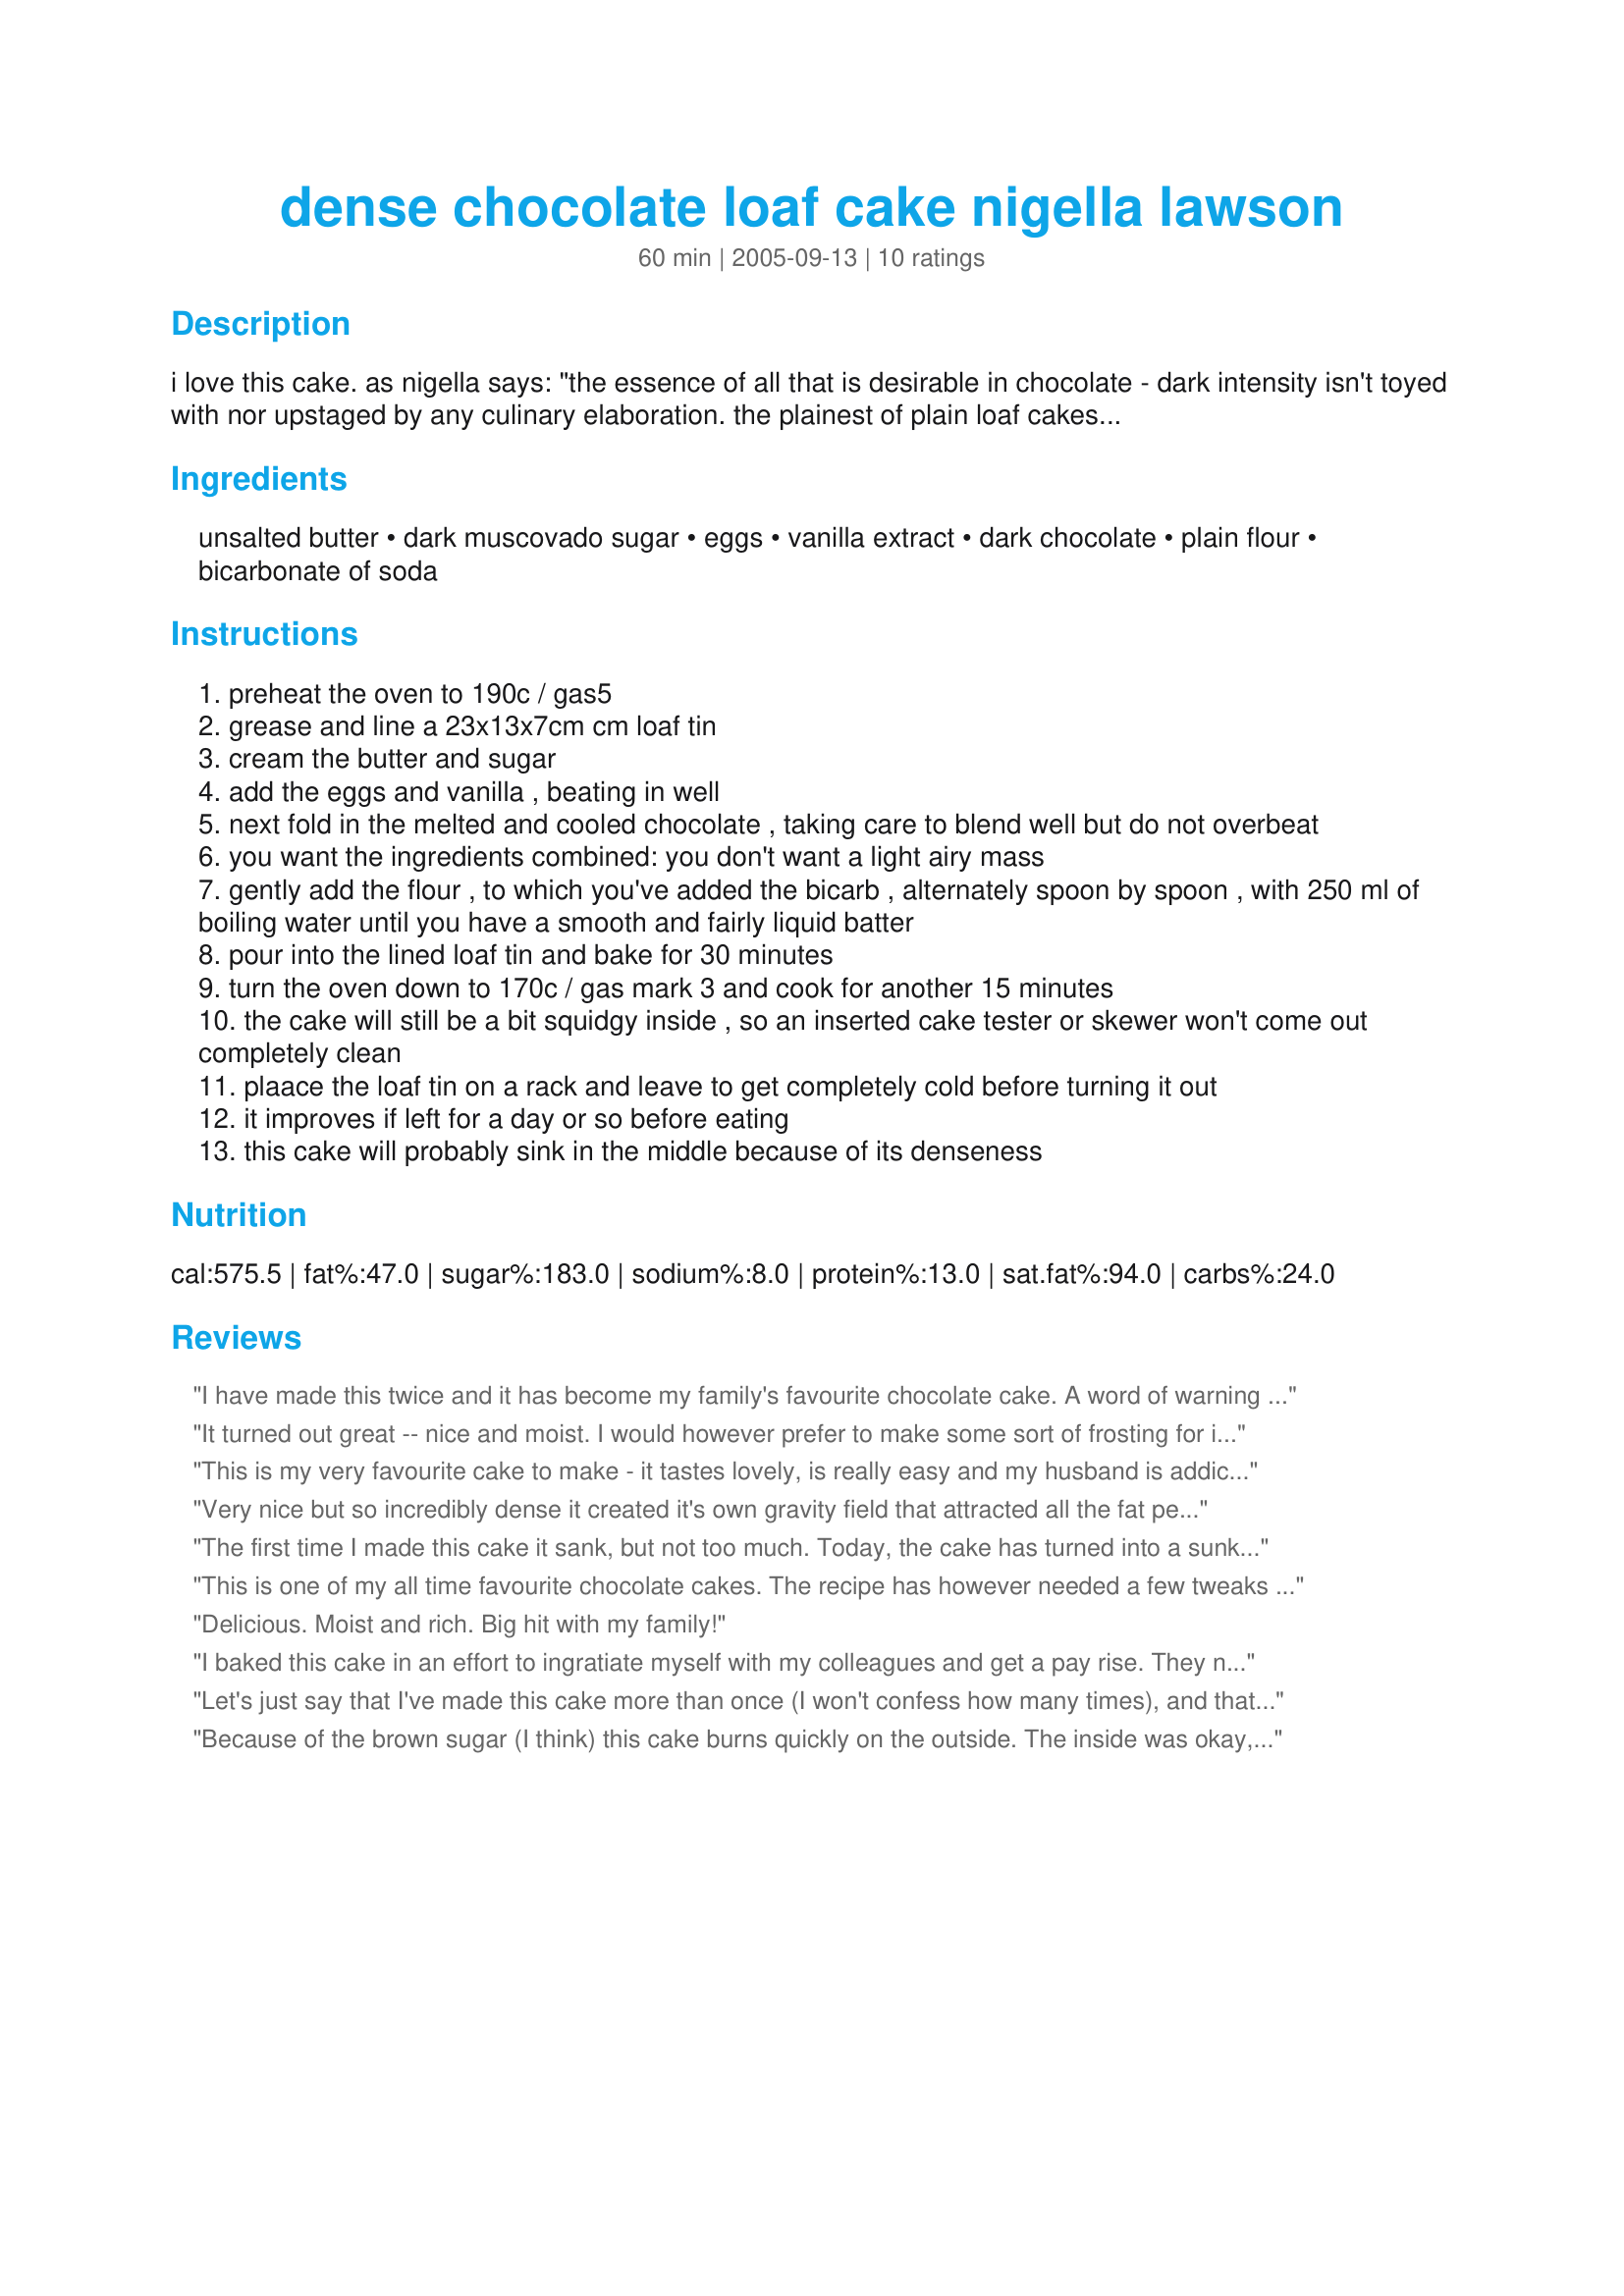
dense chocolate loaf cake nigella lawson
Preparation time: 60 minutes

i love this cake. as nigella says: "the essence of all that is desirable in chocolate - dark intensity isn't toyed with nor upstaged by any culinary elaboration. the plainest of plain loaf cakes - damp, heady, aromatic!" what can i say?
be sure to line the tin well.

Ingredients:
unsalted butter, dark muscovado sugar, eggs, vanilla extract, dark chocolate, plain flour, bicarbonate of soda

Steps:
preheat the oven to 190c / gas5
grease and line a 23x13x7cm cm loaf tin
cream the butter and sugar
add the eggs and vanilla , beating in well
next fold in the melted and cooled chocolate , taking care to blend well but do not overbeat
you want the ingredients combined: you don't want a light airy mass
gently add the flour , to which you've added the bicarb , alternately spoon by spoon , with 250 ml of boiling water until you have a smooth and fairly liquid batter
pour into the lined loaf tin and bake for 30 minutes
turn the oven down to 170c / gas mark 3 and cook for another 15 minutes
the cake will still be a bit squidgy inside , so an inserted cake tester or skewer won't come out completely clean
plaace the loaf tin on a rack and leave to get completely cold before turning it out
it improves if left for a day or so before eating
this cake will probably sink in the middle because of its denseness

Reviews:
I have made this twice and it has become my family's favourite chocolate cake. A word of warning though - it is very dense, almost pudding like and if you don't like the rich treacle like flavour of dark muscovado sugar and you prefer your cakes to be light and airy then this is not the recipe for you.
It turned out great -- nice and moist. I would however prefer to make some sort of frosting for it next time.
This is my very favourite cake to make - it tastes lovely, is really easy and my husband is addicted to it.<br/><br/>The only downside is the collapsing nature of it - I have no idea how you get it to stop it sinking in the middle.<br/><br/>The first time I made it, the texture was moist but not soggy, but with a vein of really stodgy goo running through the middle - my husband loved it but it was a bit too stodgy for me. <br/><br/>Last time I made it, I separated the eggs and whipped the eggs whites, folding them in at the end. Unfortunately it rose so much that I lost half the cake to the baking tray below (always put a tray under this cake when you're baking it, it has a tendency to spill over!), but the texture of what remained was perfectly squidy throughout. Yum.<br/><br/>I am going to make this again today, but this time I am going to put in a really high collar of greaseproof in an attempt to contain the best (maybe I'll also reduce the raising agent to allow for the whipped egg whites, but will definitely be whipping them again!).
Very nice but so incredibly dense it created it's own gravity field that attracted all the fat people in the office and you needed wellies for the goo in the middle.

Cakebaron - I like mine firm
The first time I made this cake it sank, but not too much. Today, the cake has turned into a sunken hole. Does anyone have any idea how to stop it from sinking? I always think that the cake needs to be slightly more cooked. <br/><br/>For my recipe I use 75 grams of dark chocolate and 25 grams of normal white chocolate, as it gives it a softer taste. I also use 2 tablespoons of normal chocolate powder. Usually I cook this cake for 55 minutes, not 45, as I feel that the extra ten minutes makes the cake that much harder. <br/><br/><br/>Overall this is a wonderful, moist, rich cake, and would be perfect if the sinking issue could be solved.
This is one of my all time favourite chocolate cakes. The recipe has however needed a few tweaks to get it just right. Try subbing 50g of the flour with 50g of cocoa powder for a more chocolatey taste. Try reducing the sugar down to 325g and using half dark, half light muscovado sugar (or half caster sugar) to lighten the taste. And finally, I get the best results by baking for 50-55mins at a constant 175c, rather than using the two temps suggested in the original recipe! Happy baking :)
Delicious. Moist and rich. Big hit with my family!
I baked this cake in an effort to ingratiate myself with my colleagues and get a pay rise. They now point at me in a mocking fashion and call me 'Squidgy'. I have lost all my confidence and am now on sick leave. Had I left the cake in the oven for an extra 15 minutes I would have got the rise I was hoping for... and so would the cake.
Let's just say that I've made this cake more than once (I won't confess how many times), and that it's excellent. It's by no means difficult or expensive, so what are you waiting for?
Because of the brown sugar (I think) this cake burns quickly on the outside. The inside was okay, moist and fluffy, although it tasted too treacly for my taste. Don't think I would make this one again.
